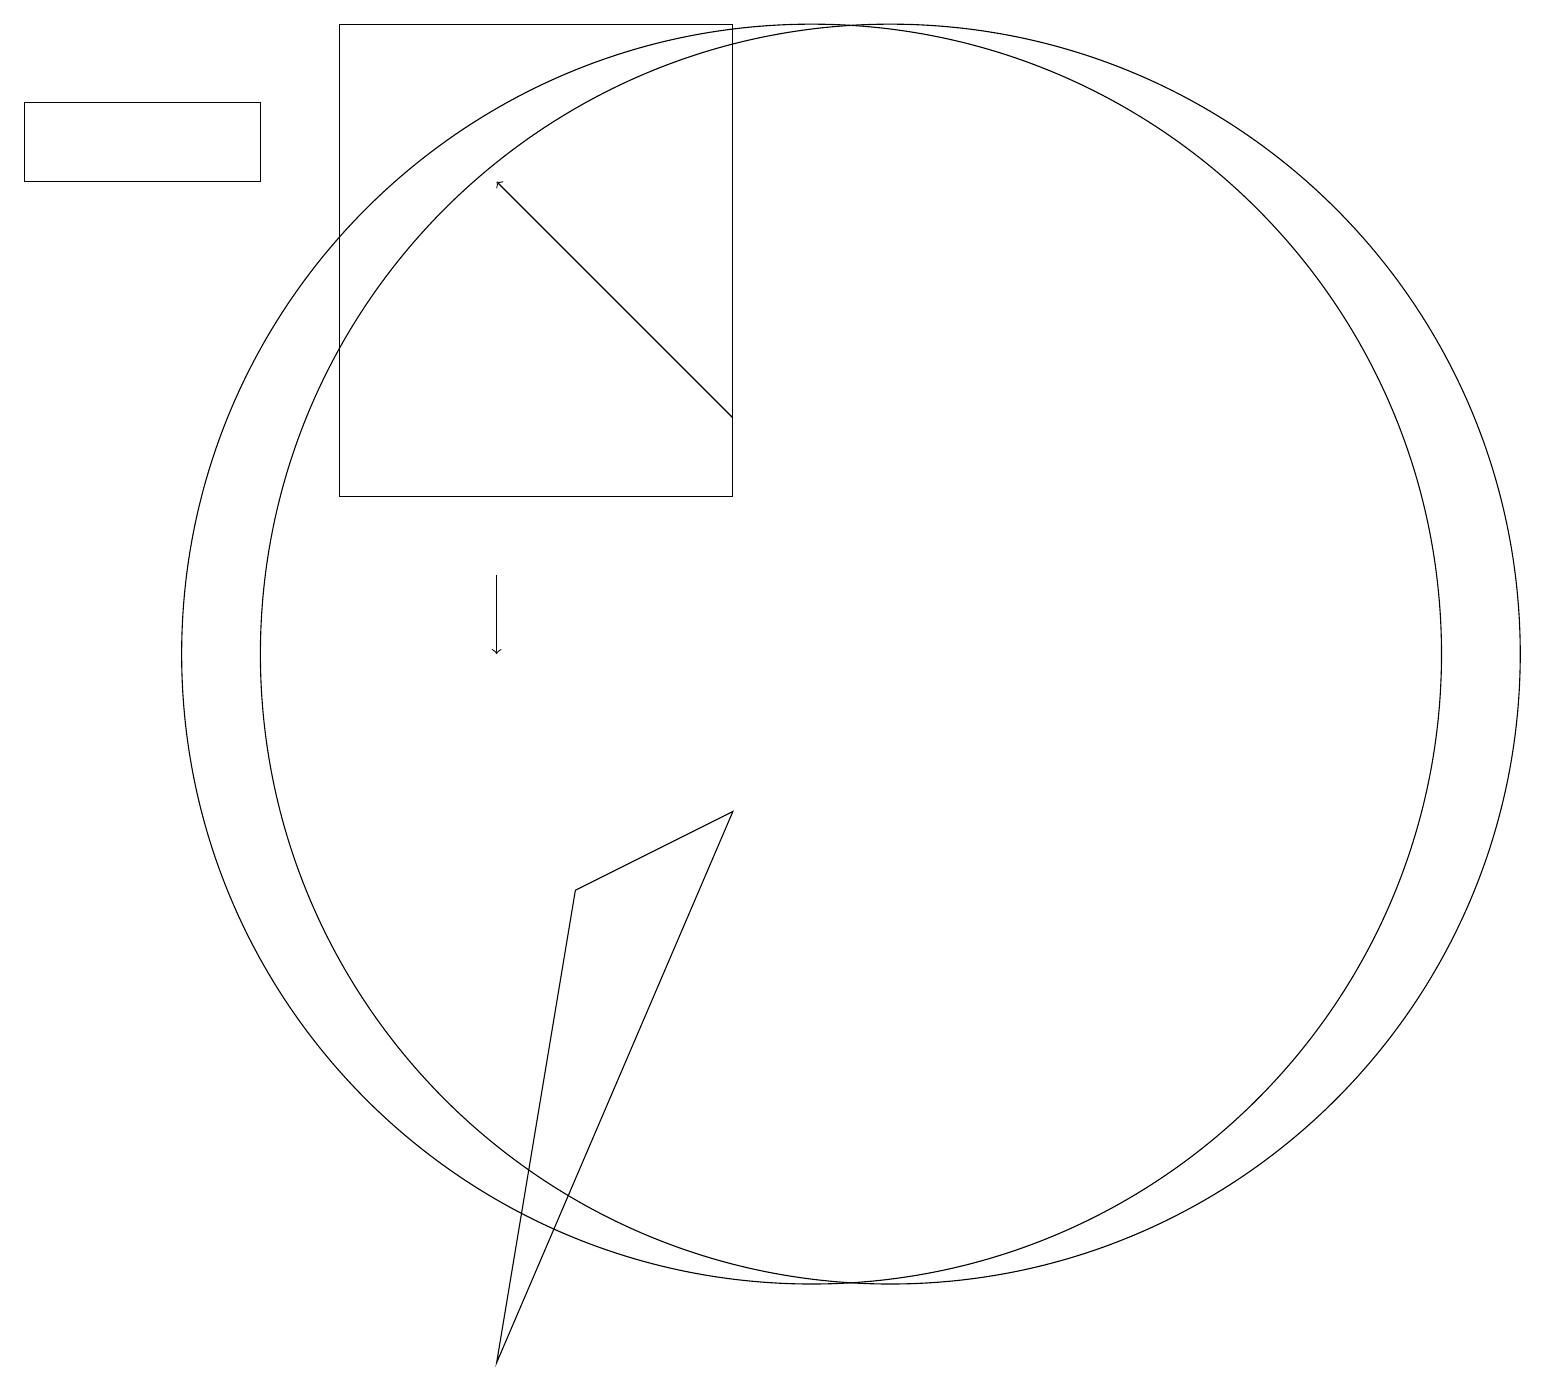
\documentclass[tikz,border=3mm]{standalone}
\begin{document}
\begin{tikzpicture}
\draw (11,10) circle (8);
\draw (3,16) rectangle (0,17);
\draw[->] (9,13) -- (6,16);
\draw[->] (6,11) -- (6,10);
\draw (10,10) circle (8);
\draw (9,8) -- (6,1) -- (7,7) -- cycle;
\draw (4,12) rectangle (9,18);
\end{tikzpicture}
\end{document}